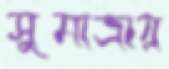
সুমাত্রায়